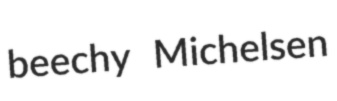
beechy Michelsen